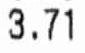
3.71